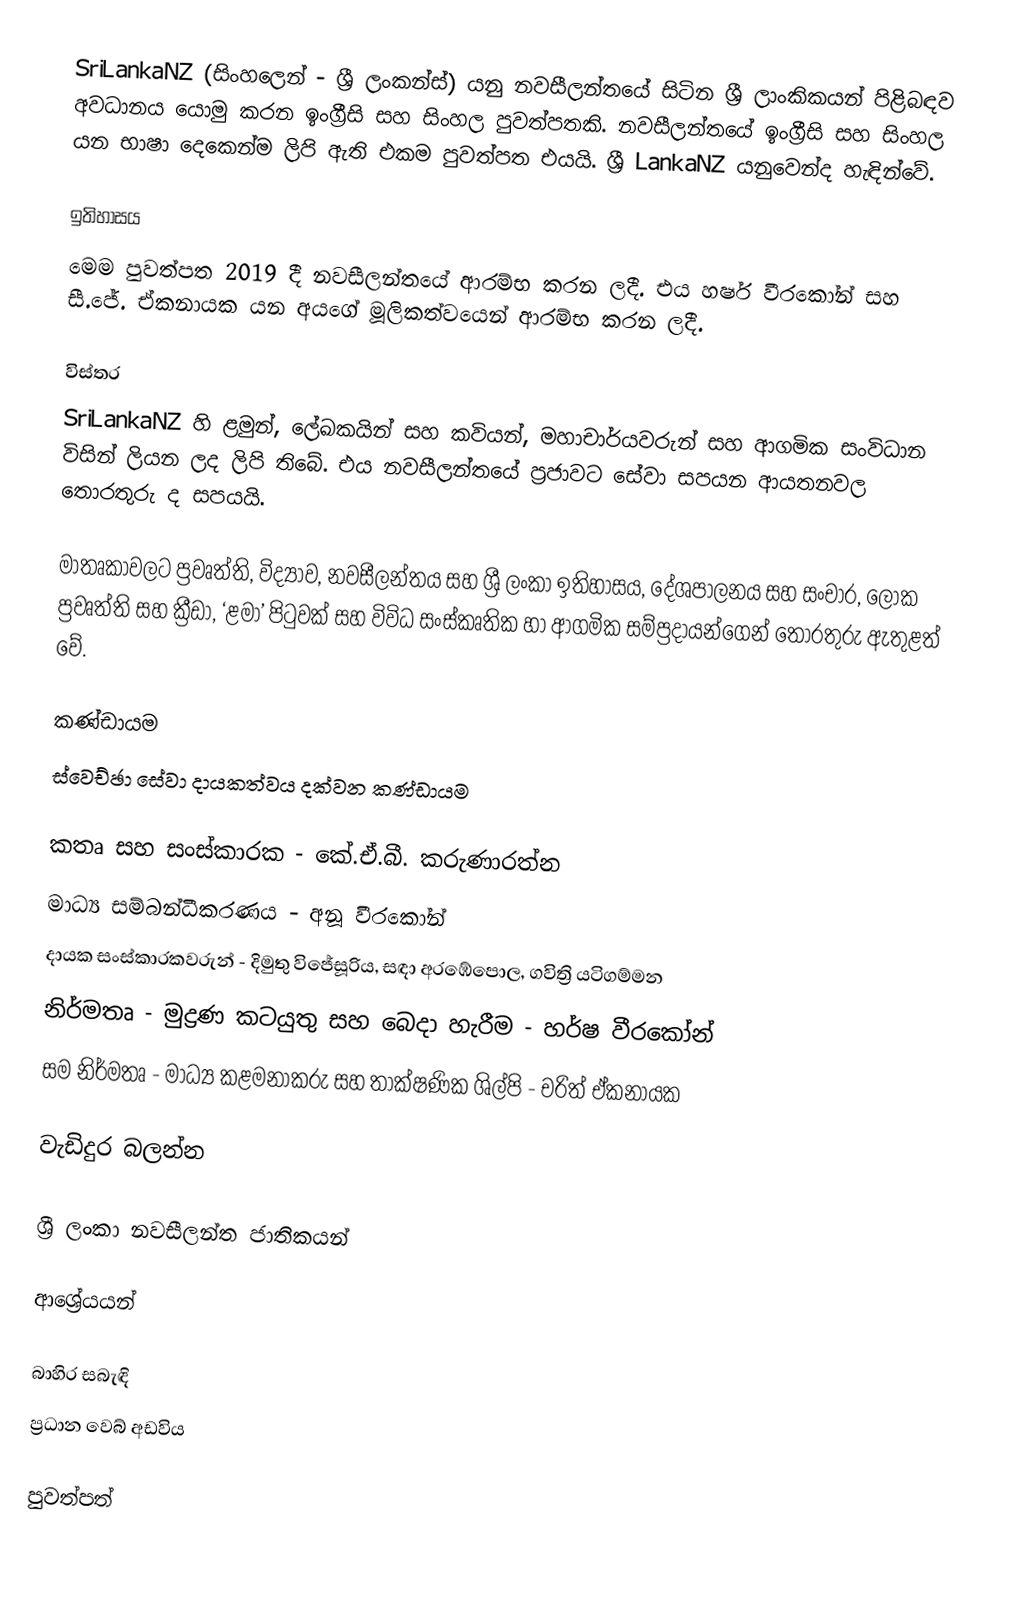
SriLankaNZ (සිංහලෙන් - ශ්‍රී ලංකන්ස්) යනු නවසීලන්තයේ සිටින ශ්‍රී ලාංකිකයන් පිළිබඳව අවධානය යොමු කරන ඉංග්‍රීසි සහ සිංහල පුවත්පතකි. නවසීලන්තයේ ඉංග්‍රීසි සහ සිංහල යන භාෂා දෙකෙන්ම ලිපි ඇති එකම පුවත්පත එයයි. ශ්‍රී LankaNZ යනුවෙන්ද හැඳින්වේ.

ඉතිහාසය
මෙම පුවත්පත 2019 දී නවසීලන්තයේ ආරම්භ කරන ලදී. එය හර්ෂ වීරකෝන් සහ සී.ජේ. ඒකනායක යන අයගේ මූලිකත්වයෙන් ආරම්භ කරන ලදී.

විස්තර
SriLankaNZ හි ළමුන්, ලේඛකයින් සහ කවියන්, මහාචාර්යවරුන් සහ ආගමික සංවිධාන විසින් ලියන ලද ලිපි තිබේ. එය නවසීලන්තයේ ප්‍රජාවට සේවා සපයන ආයතනවල තොරතුරු ද සපයයි.

මාතෘකාවලට ප්‍රවෘත්ති, විද්‍යාව, නවසීලන්තය සහ ශ්‍රී ලංකා ඉතිහාසය, දේශපාලනය සහ සංචාර, ලෝක ප්‍රවෘත්ති සහ ක්‍රීඩා, ‘ළමා’ පිටුවක් සහ විවිධ සංස්කෘතික හා ආගමික සම්ප්‍රදායන්ගෙන් තොරතුරු ඇතුළත් වේ.

කණ්ඩායම
ස්වෙච්ඡා සේවා දායකත්වය දක්වන කණ්ඩායම

 කතෘ සහ සංස්කාරක - කේ.ඒ.බී. කරුණාරත්න
 මාධ්‍ය සම්බන්ධීකරණය -  අනූ වීරකෝන්
 දායක සංස්කාරකවරුන් - දිමුතු විජේසූරිය, සඳා අරඹේපොල,  ගවිත්‍රි යටිගම්මන
 නිර්මතෘ - මුද්‍රණ කටයුතු සහ බෙදා හැරීම - හර්ෂ වීරකෝන්
 සම නිර්මතෘ - මාධ්‍ය කළමනාකරු සහ තාක්ෂණික ශිල්පි - චරිත් ඒකනායක

වැඩිදුර බලන්න

 ශ්‍රී ලංකා නවසීලන්ත ජාතිකයන්

ආශ්‍රේයයන්

බාහිර සබැඳි
ප්‍රධාන වෙබ් අඩවිය

පුවත්පත්